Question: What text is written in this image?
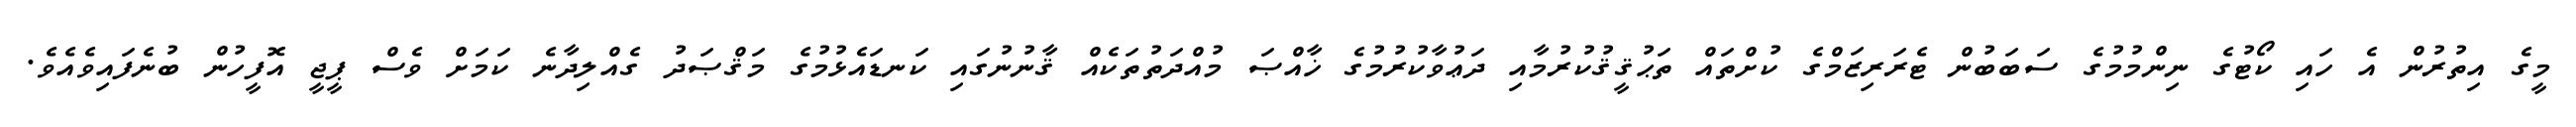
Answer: މީގެ އިތުރުން އެ ހައި ކޯޓުގެ ނިންމުމުގެ ސަބަބުން ޓެރަރިޒަމްގެ ކުށްތައް ތަޙުޤީޤުކުރުމާއި ދަޢުވާކުރުމުގެ ޚާއްޞަ މުއްދަތުތަކެއް ޤާނުނުގައި ކަނޑައެޅުމުގެ މަޤްޞަދު ގެއްލިދާނެ ކަމަށް ވެސް ޕީޖީ އޮފީހުން ބުނެފައިވެއެވެ.